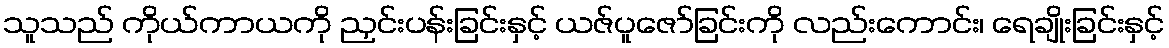
သူသည် ကိုယ်ကာယကို ညှင်းပန်းခြင်းနှင့် ယဇ်ပူဇော်ခြင်းကို လည်းကောင်း၊ ရေချိုးခြင်းနှင့်